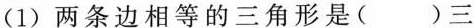
角形。